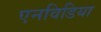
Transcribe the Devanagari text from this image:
एनविडिया